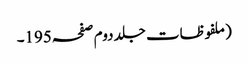
(ملفوظات جلد دوم صفحہ195۔